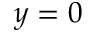
y = 0